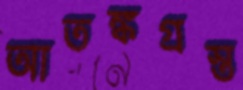
আতঙ্কগ্রস্ত